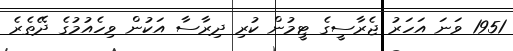
1951 ވަނަ އަހަރު ޖެރާސީގެ ޓީމުން ކުރި ދިރާސާ އަކުން ވިހެއުމުގެ ދޭތެރެ